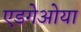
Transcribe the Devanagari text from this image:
एडगेओया